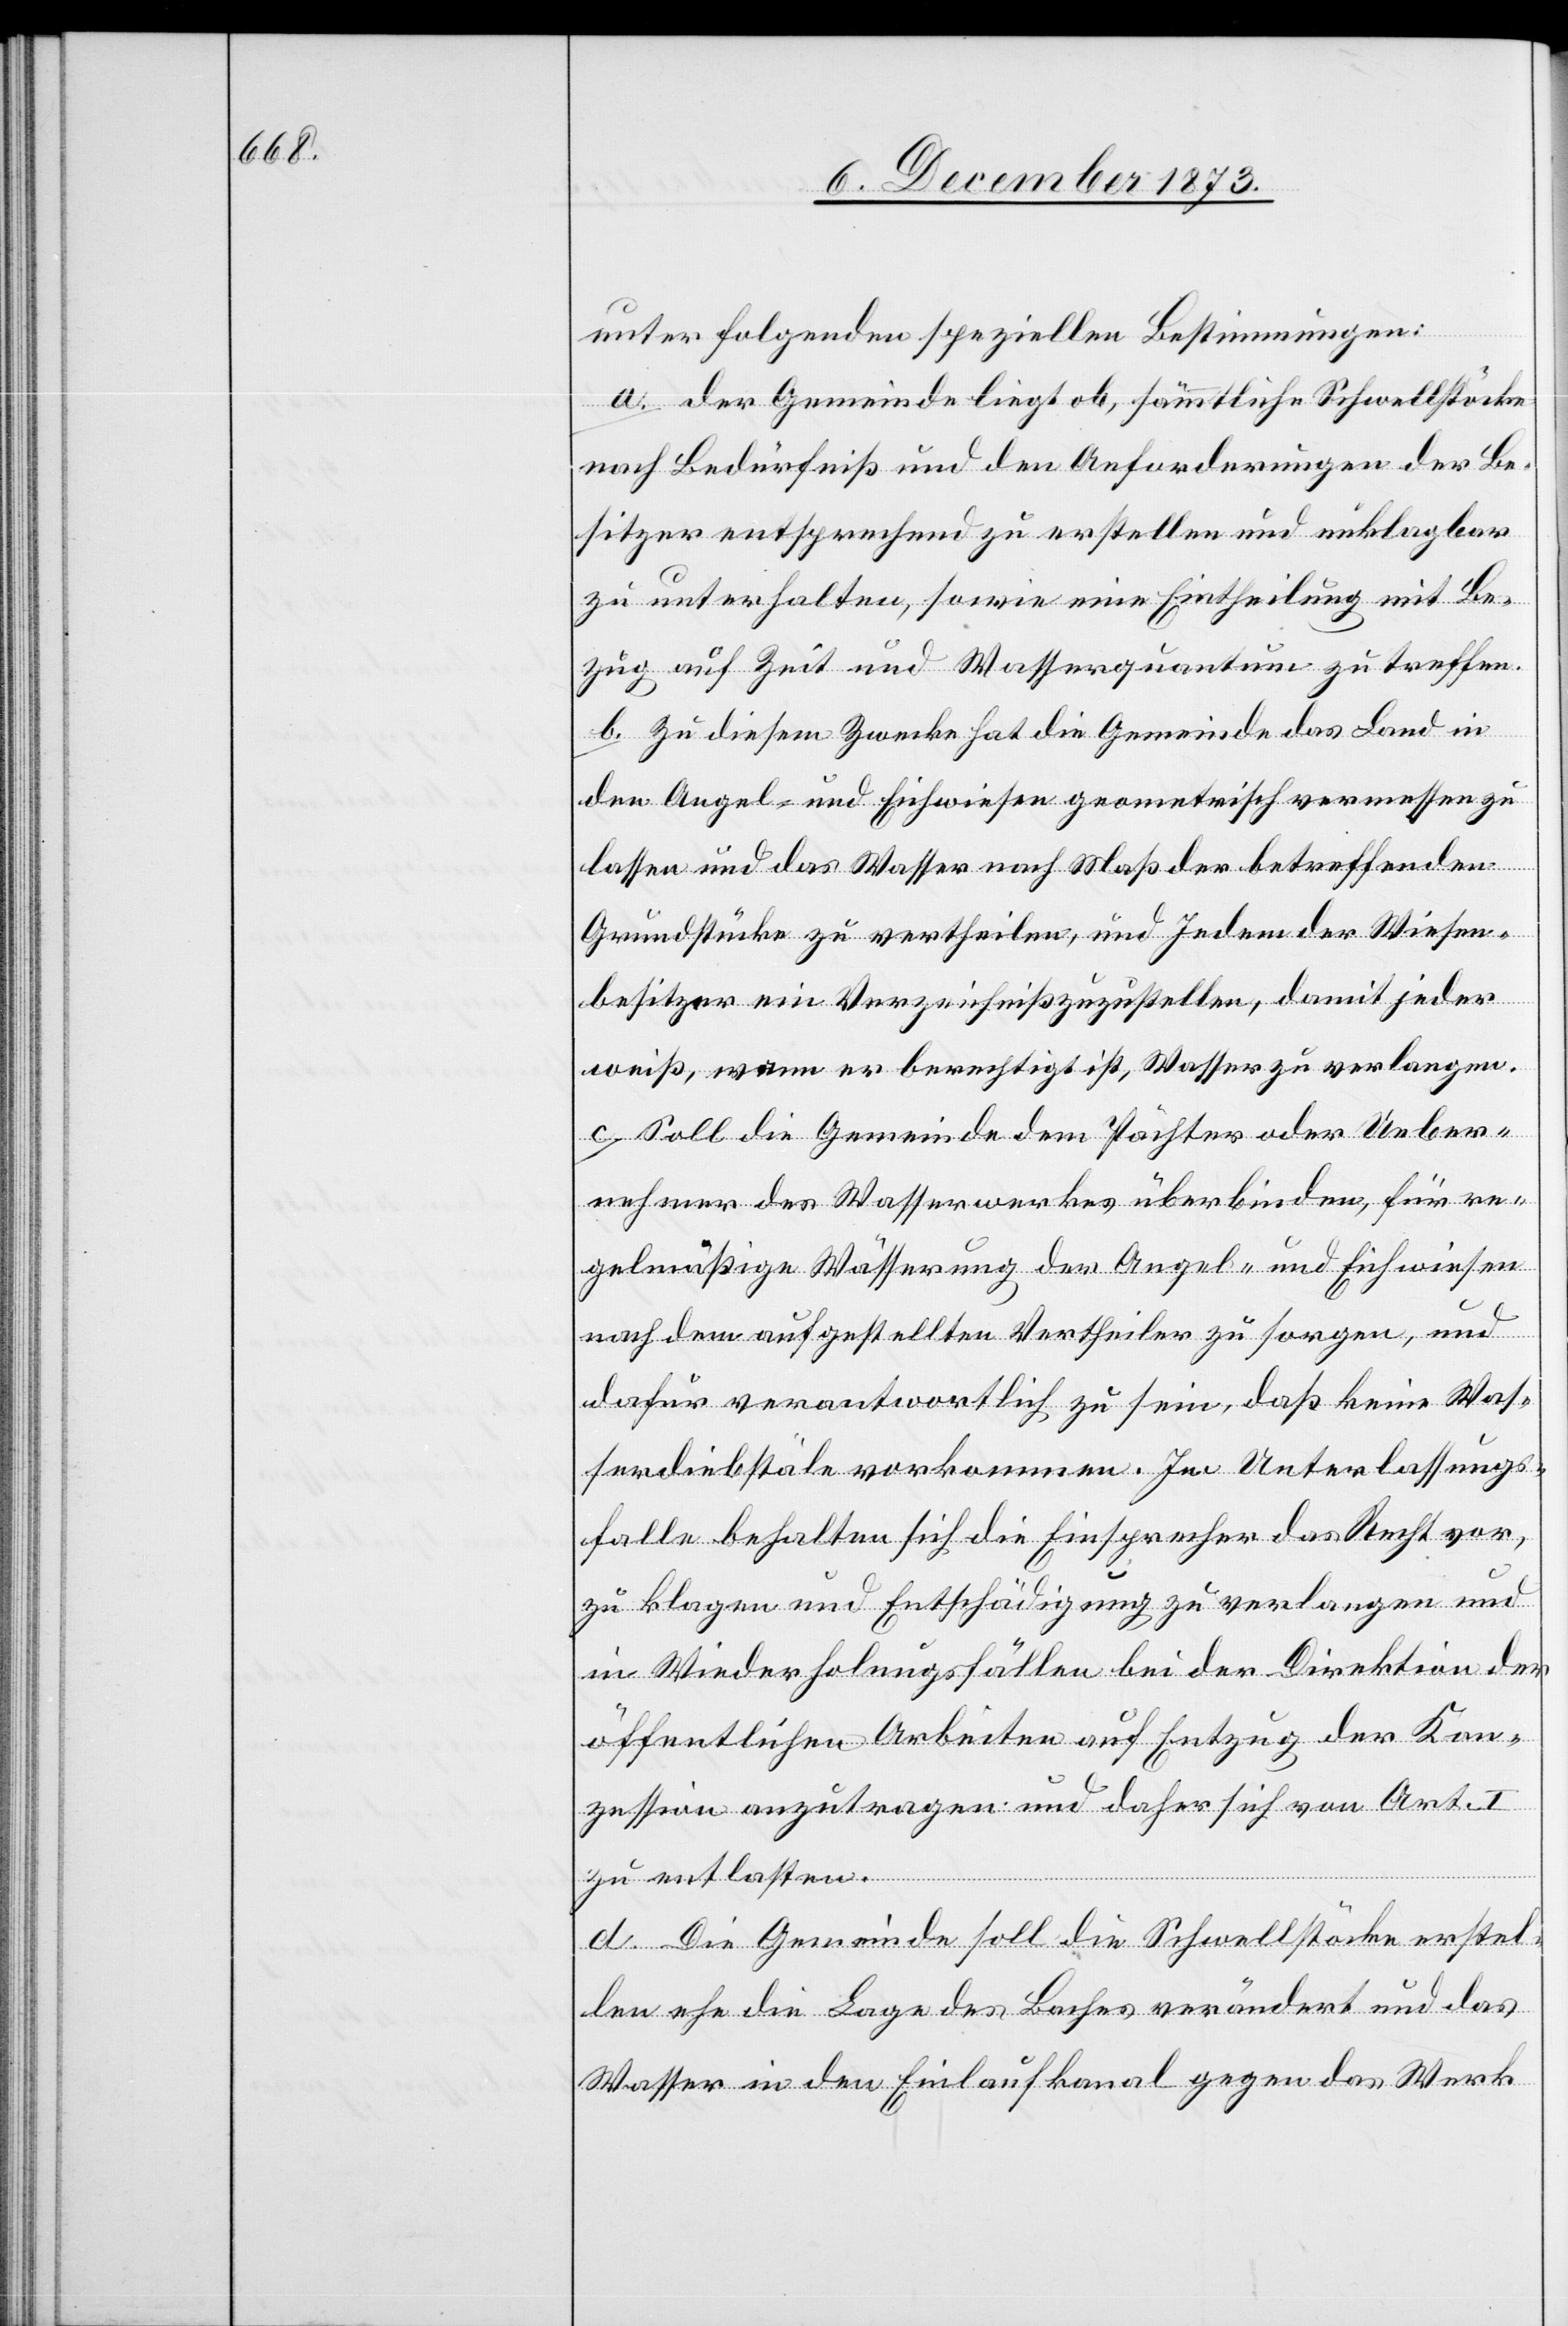
unter folgenden speziellen Bestimmungen:
a. Der Gemeinde liegt ob, sämmtliche Schwellstöcke
nach Bedürfniß und den Anforderungen der Be¬
sitzer entsprechend zu erstellen und unklagbar
zu unterhalten, sowie eine Eintheilung mit Be¬
zug auf Zeit und Wasserquantum zu treffen.
b. Zu diesem Zwecke hat die Gemeinde das Land in
den Angel- und Eichwiesen geometrisch vermessen zu
lassen und das Wasser nach Maß der betreffenden
Grundstücke zu vertheilen, und Jedem der Wiesen¬
besitzer ein Verzeichniß zuzustellen, damit jeder
weiß, wann er berechtigt ist, Wasser zu verlangen.
c. Soll die Gemeinde dem Pächter oder Ueber¬
nehmer des Wasserwerkes überbinden, für re¬
gelmäßige Wässerung der Angel- und Eichwiesen
nach dem aufgestellten Vertheiler zu sorgen, und
dafür verantwortlich zu sein, daß keine Was¬
serdiebstäle vorkommen. Im Unterlassungs¬
falle behalten sich die Einsprecher das Recht vor,
zu klagen und Entschädigung zu verlangen und
in Wiederholungsfällen bei der Direktion der
öffentlichen Arbeiten auf Entzug der Kon¬
zession anzutragen und daher sich von Art. I
zu entlasten.
d. Die Gemeinde soll die Schwellstöcke erstel¬
len ehe die Lage des Baches verändert und das
Wasser in den Einlaufkanal gegen das Werk